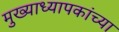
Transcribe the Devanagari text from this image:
मुख्याध्यापकांच्या